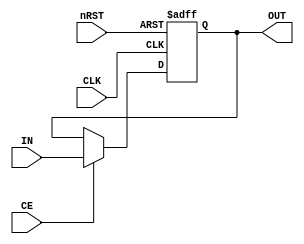
// -------------------- REGISTERS --------------------
// only one

`timescale 1ns/1ns

module register #(
	parameter DATA_WIDTH = 8) (
	input [DATA_WIDTH-1:0] IN,
	input CLK,
	input CE,
	input nRST,
	output reg [DATA_WIDTH-1:0] OUT
);

always @(posedge CLK or negedge nRST) begin
	// if(RST == 1'b1) OUT <= 1'b0; // needed for sim when there are none ldi instructions
	// else begin
		// if(CE == 1'b0) OUT <= OUT;
		// else OUT <= IN;
		if(!nRST) OUT <= 0;
		else if(CE) OUT <= IN;
	// end
end

endmodule // register